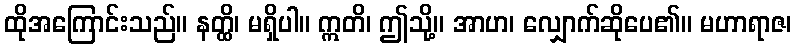
ထိုအကြောင်းသည်။ နတ္ထိ၊ မရှိပါ။ ဣတိ၊ ဤသို့။ အာဟ၊ လျှောက်ဆိုပေ၏။ မဟာရာဇ၊